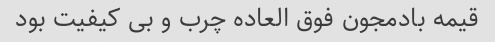
قیمه بادمجون فوق العاده چرب و بی کیفیت بود